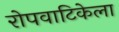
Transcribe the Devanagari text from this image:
रोपवाटिकेला